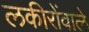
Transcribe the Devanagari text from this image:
लकीरोंवाले